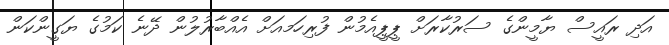
އަދި ރައީސް ޔާމީންގެ ސަރުކާރަށް ޕީޕީއެމުން ފުރިހަމއަށް އެއްބާރުލުން ދޭނެ ކަމުގެ ޔަގީންކަން